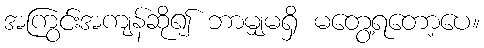
အကြွင်းအကျန်ဆို၍ ဘာမျှမရှိ မတွေ့ရတော့ပေ။